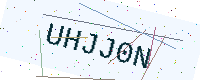
Text: UHJJ0N